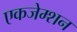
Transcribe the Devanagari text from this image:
एकजेम्शन